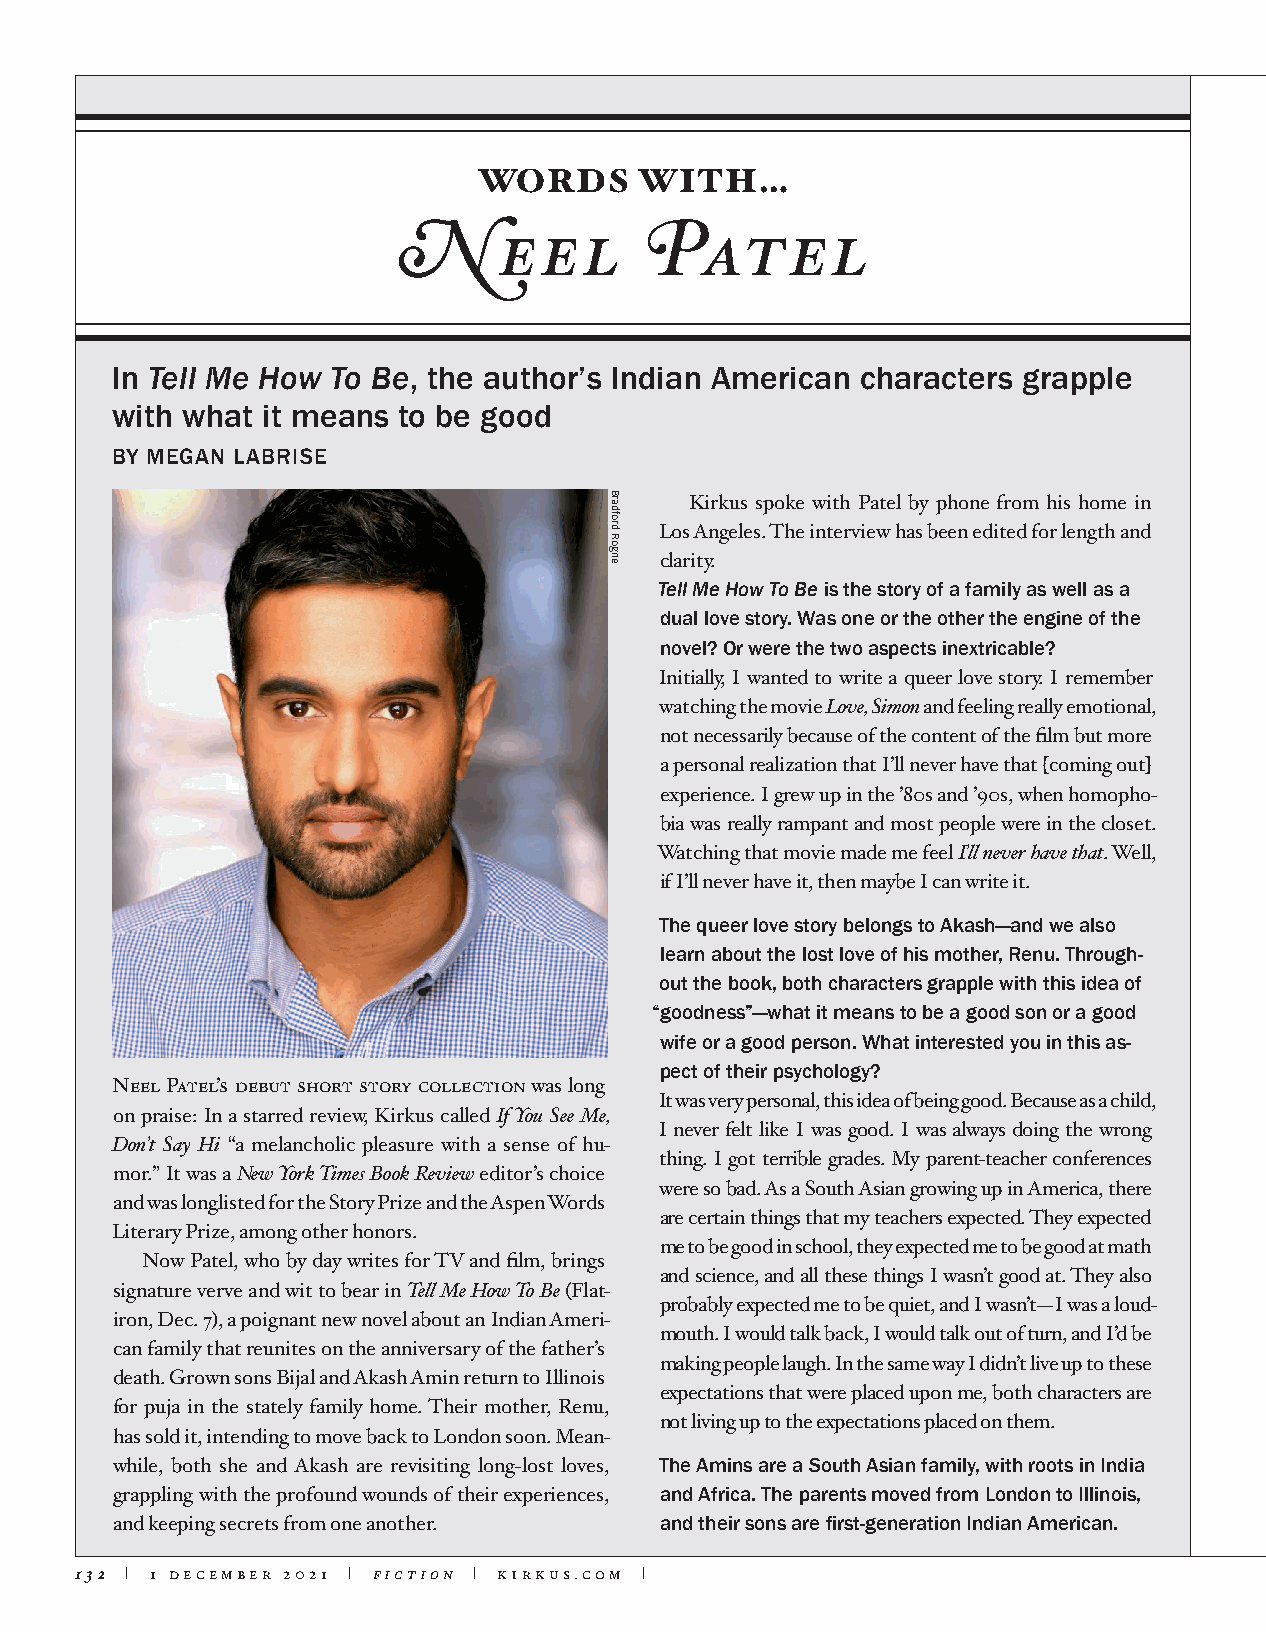
WORDS     WITH…
 Neel             Patel
 In Tell Me How To Be, the author’s Indian American characters grapple
 with what it means to be good
 BY MEGAN LABRISE
 Kirkus spoke with Patel by phone from his home in
 Los Angeles. The interview has been edited for length and
 clarity.
 Tell Me How To Be is the story of a family as well as a
 dual love story. Was one or the other the engine of the
 novel? Or were the two aspects inextricable?
 Initially, I wanted to write a queer love story. I remember
 watching the movie Love, Simon and feeling really emotional,
 not necessarily because of the content of the film but more
 a personal realization that I’ll never have that [coming out]
 experience. I grew up in the ’80s and ’90s, when homopho-
 bia was really rampant and most people were in the closet.
 Watching that movie made me feel I’ll never have that. Well,
 if I’ll never have it, then maybe I can write it.
 The queer love story belongs to Akash—and we also
 learn about the lost love of his mother, Renu. Through-
 out the book, both characters grapple with this idea of
 “goodness”—what it means to be a good son or a good
 wife or a good person. What interested you in this as-
 pect of their psychology?
 Neel Patel’s debut short story collection was long
 It was very personal, this idea of being good. Because as a child,
 on praise: In a starred review, Kirkus called If You See Me,
 I never felt like I was good. I was always doing the wrong
 Don’t Say Hi “a melancholic pleasure with a sense of hu-
 thing. I got terrible grades. My parent-teacher conferences
 mor.” It was a New York Times Book Review editor’s choice
 were so bad. As a South Asian growing up in America, there
 and was longlisted for the Story Prize and the Aspen Words
 are certain things that my teachers expected. They expected
 Literary Prize, among other honors.
 me to be good in school, they expected me to be good at math
 Now Patel, who by day writes for TV and film, brings
 and science, and all these things I wasn’t good at. They also
 signature verve and wit to bear in Tell Me How To Be (Flat-
 probably expected me to be quiet, and I wasn’t—I was a loud-
 iron, Dec. 7), a poignant new novel about an Indian Ameri-
 mouth. I would talk back, I would talk out of turn, and I’d be
 can family that reunites on the anniversary of the father’s
 making people laugh. In the same way I didn’t live up to these
 death. Grown sons Bijal and Akash Amin return to Illinois
 expectations that were placed upon me, both characters are
 for puja in the stately family home. Their mother, Renu,
 not living up to the expectations placed on them.
 has sold it, intending to move back to London soon. Mean-
 while, both she and Akash are revisiting long-lost loves, The Amins are a South Asian family, with roots in India
 grappling with the profound wounds of their experiences, and Africa. The parents moved from London to Illinois,
 and keeping secrets from one another. and their sons are first-generation Indian American.
 132 | 1 december 2021 | fiction | kirkus.com |
 Bradford
 Rogne